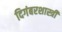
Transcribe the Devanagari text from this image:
दिगंबरशास्त्री